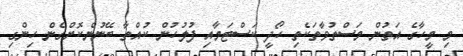
މި މީހާގެ އަތުން މަސްތުވާތަކެތި ހޯދީ ކަސްޓަމާއި ފުލުހުން ކުއްތާ ބޭނުންކޮށްގެން ހިންގި